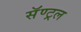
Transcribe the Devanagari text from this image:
सॅण्ट्रल